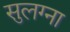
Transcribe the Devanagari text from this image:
सुलग्ना